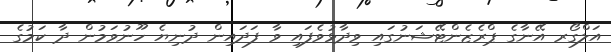
އަލްގޯރ އޭނާގެ ޕްރެޒެންޓޭޝަނުގައި ވިދާޅުވެފައި ވާ ފަދައިން ދުނިޔެ ހޫނުވަމުން ދާ ކަމުގެ